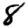
Digit: 8